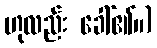
ဟုလည်း ခေါ်၏။)